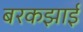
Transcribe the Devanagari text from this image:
बरकझाई